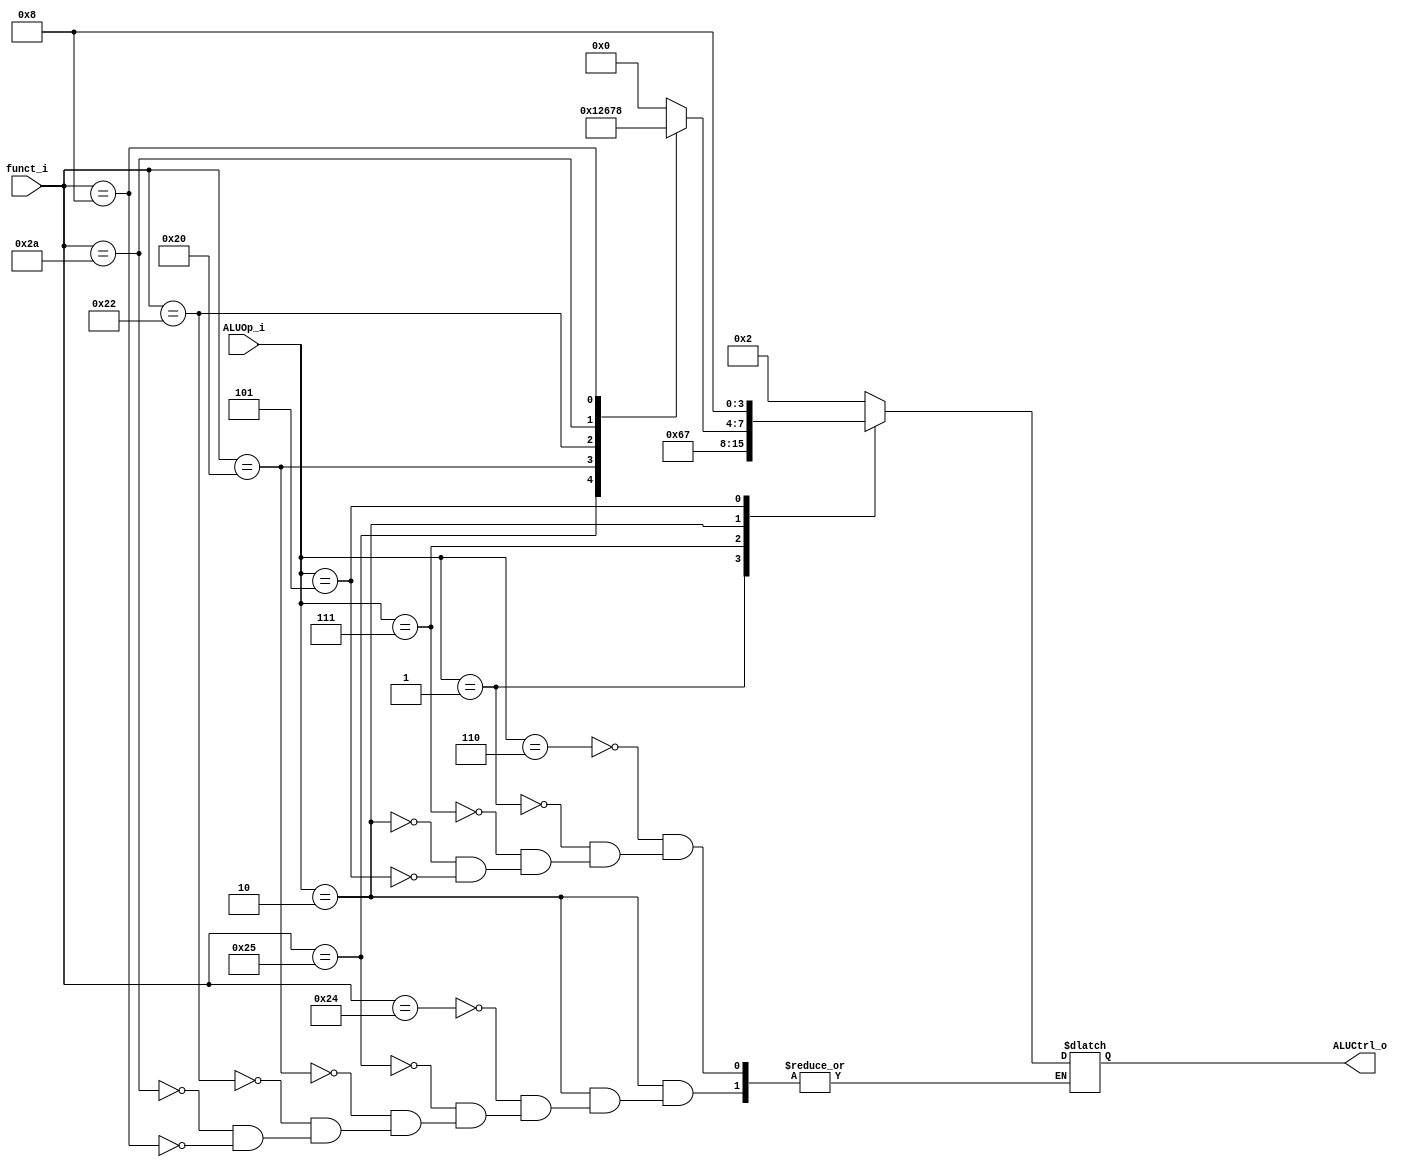
//0612544

module ALU_Ctrl(
          funct_i,
          ALUOp_i,
          ALUCtrl_o
          );
          
//I/O ports 
input      [6-1:0] funct_i;
input      [3-1:0] ALUOp_i;

output     [4-1:0] ALUCtrl_o;    
     
//Internal Signals
reg        [4-1:0] ALUCtrl_o;

//Parameter
parameter  AND = 6'b100100, OR = 6'b100101, add = 6'b100000, sub = 6'b100010, slt = 6'b101010 ,jr = 6'b001000;
parameter  r_format = 3'b010, beq = 3'b001, addi_sw_lw = 3'b110, slti = 3'b111, jump_jal = 3'b101; 
       
//Select exact operation
always@(*)begin
    case(ALUOp_i)
    	addi_sw_lw : ALUCtrl_o = 4'b0010;
    	beq  : ALUCtrl_o = 4'b0110;
    	slti : ALUCtrl_o = 4'b0111;
    	r_format: begin
                case(funct_i)
                    AND: ALUCtrl_o = 4'b0000;
                    OR : ALUCtrl_o = 4'b0001;
                    add: ALUCtrl_o = 4'b0010;
                    sub: ALUCtrl_o = 4'b0110;
                    slt: ALUCtrl_o = 4'b0111;
                    jr : ALUCtrl_o = 4'b1000;
                 endcase
               end
       jump_jal : ALUCtrl_o = 4'b1000;
     endcase
end
endmodule